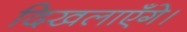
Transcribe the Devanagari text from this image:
दिखलाएँगे।